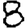
Digit: 8